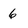
Character: 6